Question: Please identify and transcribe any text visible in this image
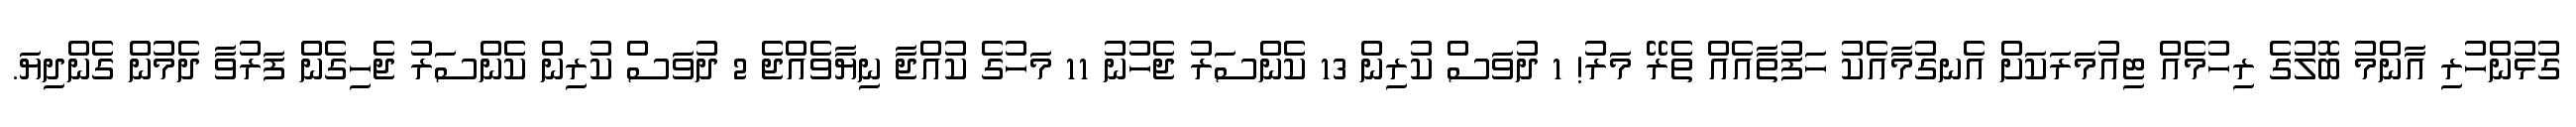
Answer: ގުޅުންހުރި އާންމު ބޮލުގެ ރިހުމެއް ޓިއުމަރަކަށް އެނގުމާއެކު ހަފުތާއެއް ތެރޭ މަރު! 1 ދުވަސް ކުރިން 13 ކެންސަރު ޖެހުނު 11 މަހުގެ ކުއްޖާ ނިޔާވެއްޖެ 2 ދުވަސް ކުރިން ކެންސަރު ޖެހިގެން ފަރުވާ ދެމުން ގެންދިޔަ.